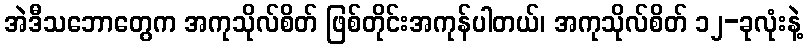
အဲဒီသဘောတွေက အကုသိုလ်စိတ် ဖြစ်တိုင်းအကုန်ပါတယ်၊ အကုသိုလ်စိတ် ၁၂-ခုလုံးနဲ့